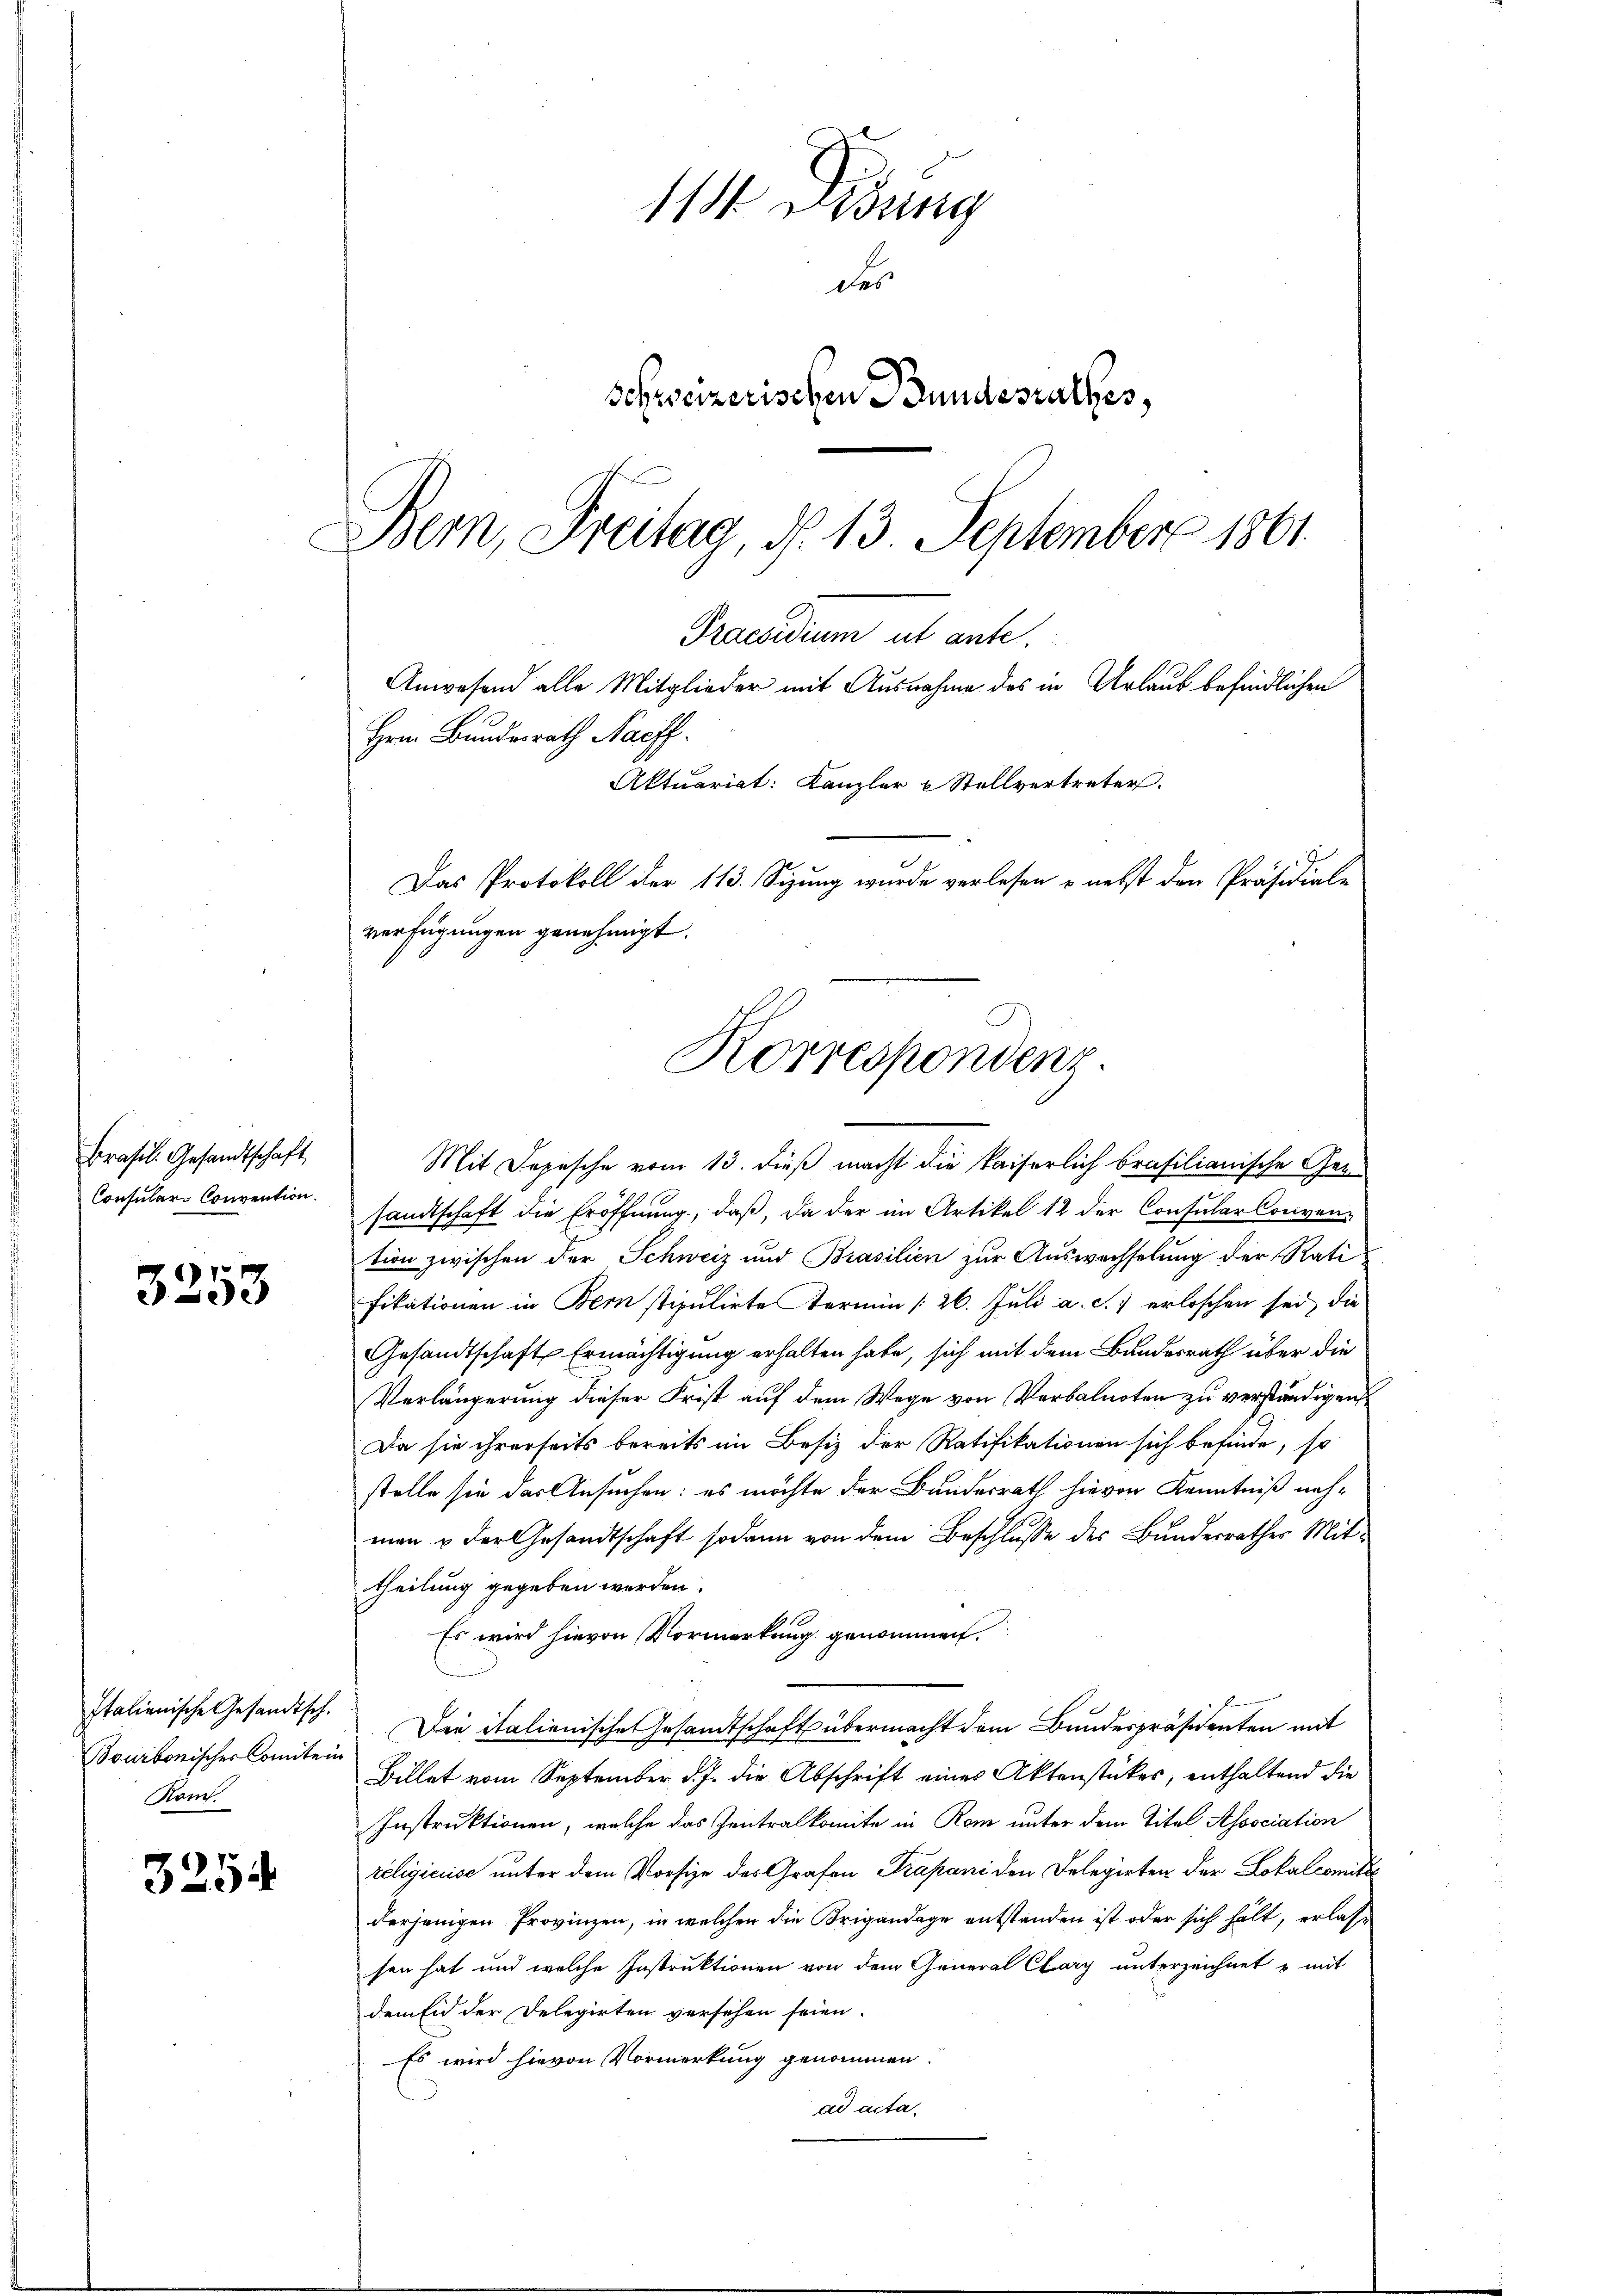
Brasil. Gesandtschaft
Consular-Convention.

3253

Italienische Gesandtsch.
Bourbonischer Comitein
Rom.

3254

11. Dessing
der
Schweizerischen Bundesrathes,
Bern, Freitag, d. 13. September 1861.

Mit Depesche vom 13. dieß macht die kaiserlich brasilianische Gesandtschaft die Eröffnung, daß, da der im Artikel 12 der Consular Conven-
tion zwischen der Schweiz und Brasilien zur Auswechselung der Rati
fikationen in Bern stipulirte Termin /26. Juli a. S. 7 erloschen sei, die
Gesandtschaft Ermächtigung erhalten habe, sich mit dem Bundesrath über die
Verlängerung dieser Frist auf dem Wege von Verbalnoten zu verständigen
Da sie ihrerseits bereits im Besiz der Ratifikationen sich befinde, so
stelle sie das Ansuchen: es möchte der Bunderrath hievon Kenntniß nehmen & der Gesandtschaft sodann von dem Beschlusse des Bundesrathes Mittheilung gegeben werden.
Es wird hievon Vormerkung genommen.
Die italienische Gesandtschaft übermacht dem Bundespräsidenten mit
Billet vom September d. J. die Abschrift eines Aktenstückes, enthaltend die
Instruktionen, welche das Zentralkomite in Rom unter dem Titel Association
religiciise unter dem Vorsize des Grafen Prapani den Delegirten der Lokalcomitt
derjenigen Provinzen, in welchen die Brigandage entstanden ist oder sich hält, erlassen hat und welche Instruktionen von dem General Clary unterzeichnet & mit
dem Eid der Delegirten versehen seien.
Es wird hievon Vormerkung genommen.
ad acta,

Praesidium ut ante.

Anwesend alle Mitglieder mit Ausnahme des in Urlaub befindlichen
Herrn Bundesrath Nachf
Aktuariat: Kanzler & Stellvertreter.
Das Protokoll der 113. Sizung wurde verlesen & nebst den Präsidial-
verfügungen genehmigt.
Korrespondenz.